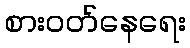
စားဝတ်နေရေး